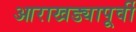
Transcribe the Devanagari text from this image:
आराखड्यापूर्वी